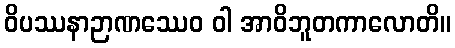
ဝိပဿနာဉာဏဿေဝ ဝါ အာဝိဘူတကာလောတိ။